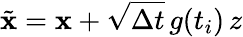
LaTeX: \tilde{\mathbf{x}}=\mathbf{x}+\sqrt{\Delta t}\, g(t_{i})\, z